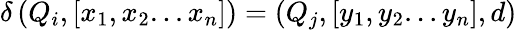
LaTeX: \delta\left(Q_{i},[x_{1},x_{2}...x_{n}]\right)=(Q_{j},[y_{1},y_{2}...y_{n}],d)